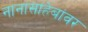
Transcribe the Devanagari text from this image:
नानासाहेबांवर